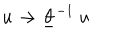
u \rightarrow \underline { { { \theta } } } ^ { - 1 } ~ u